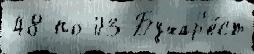
48 по 03 Бухар'е́ст